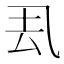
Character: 厾